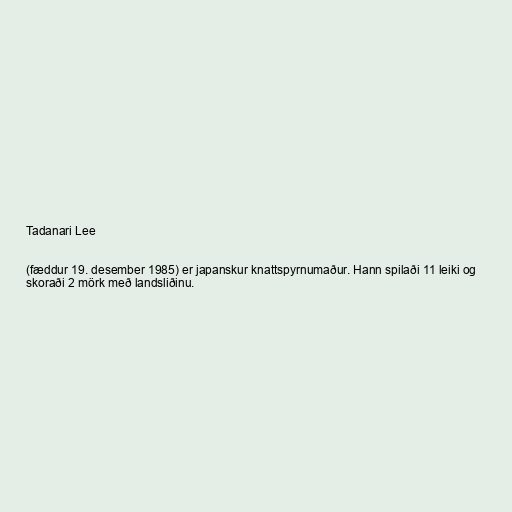
Tadanari Lee

(fæddur 19. desember 1985) er japanskur knattspyrnumaður. Hann spilaði 11 leiki og
skoraði 2 mörk með landsliðinu.